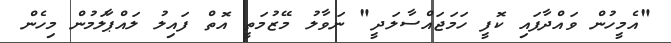
"އެމީހުން ވައްދާފައި ކޮފީ ހަމަޖައްސާލަދީ" ނަވާލު މޭޒުމަތީ އޮތް ފައިލު ލައްޕާލަމުން މިހެން